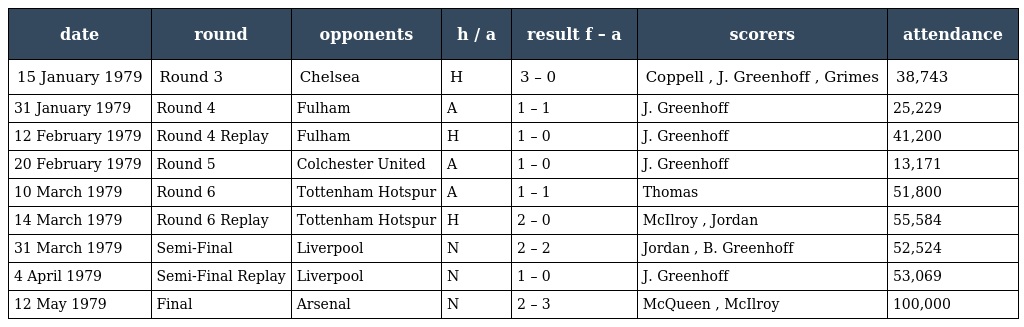
| date | round | opponents | h / a | result f – a | scorers | attendance |
 | --- | --- | --- | --- | --- | --- | --- |
 | 15 January 1979 | Round 3 | Chelsea | H | 3 – 0 | Coppell , J. Greenhoff , Grimes | 38,743 |
 | 31 January 1979 | Round 4 | Fulham | A | 1 – 1 | J. Greenhoff | 25,229 |
 | 12 February 1979 | Round 4 Replay | Fulham | H | 1 – 0 | J. Greenhoff | 41,200 |
 | 20 February 1979 | Round 5 | Colchester United | A | 1 – 0 | J. Greenhoff | 13,171 |
 | 10 March 1979 | Round 6 | Tottenham Hotspur | A | 1 – 1 | Thomas | 51,800 |
 | 14 March 1979 | Round 6 Replay | Tottenham Hotspur | H | 2 – 0 | McIlroy , Jordan | 55,584 |
 | 31 March 1979 | Semi-Final | Liverpool | N | 2 – 2 | Jordan , B. Greenhoff | 52,524 |
 | 4 April 1979 | Semi-Final Replay | Liverpool | N | 1 – 0 | J. Greenhoff | 53,069 |
 | 12 May 1979 | Final | Arsenal | N | 2 – 3 | McQueen , McIlroy | 100,000 |